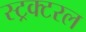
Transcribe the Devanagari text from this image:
स्ट्रक्टरल